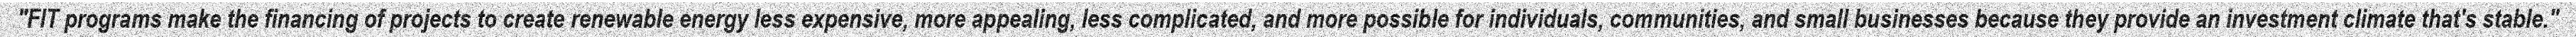
"FIT programs make the financing of projects to create renewable energy less expensive, more appealing, less complicated, and more possible for individuals, communities, and small businesses because they provide an investment climate that's stable."